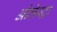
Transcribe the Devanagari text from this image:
ओलेस्ट्रा